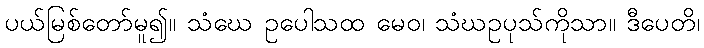
ပယ်မြစ်တော်မူ၍။ သံဃေ ဥပေါသထ မေဝ၊ သံဃဥပုသ်ကိုသာ။ ဒီပေတိ၊